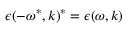
\epsilon ( - \omega ^ { * } , \boldsymbol { k } ) ^ { * } = \epsilon ( \omega , \boldsymbol { k } )